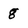
Character: g